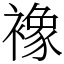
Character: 襐